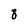
Character: 8